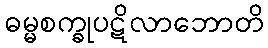
ဓမ္မစက္ခုပဋိလာဘောတိ